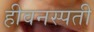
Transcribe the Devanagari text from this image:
हीवनस्पती